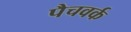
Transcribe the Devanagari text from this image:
पैचवर्क